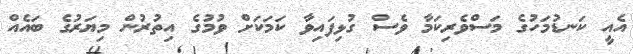
އެއީ ކަނޑުމަހުގެ މަސްވެރިކަމާ ވެސް ގުޅިފައިވާ ކަމަކަށް ވުމުގެ އިތުރުން މިޔަރުގެ ބައެއް